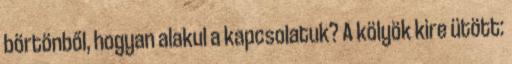
börtönből, hogyan alakul a kapcsolatuk? A kölyök kire ütött: